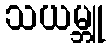
သယမ္ဘူ